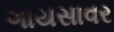
ગાયસાવર